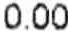
0.00